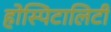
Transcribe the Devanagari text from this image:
होस्पिटालिटी